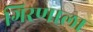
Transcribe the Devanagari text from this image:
गिरणाला